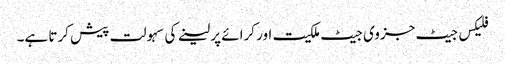
فلیکس جیٹ جزوی جیٹ ملکیت اور کرائے پر لینے کی سہولت پیش کرتا ہے۔